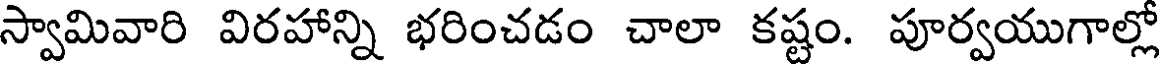
స్వామివారి విరహాన్ని భరించడం చాలా కష్టం. పూర్వయుగాల్లో